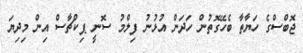
ޖޮބްސްގެ ހަޔާތާ ބެހޭގޮތުން ހަދަން އުޅުނު ފިލްމު ސޮނީ ޕިކްޗާސް އިން މިދިޔަ